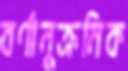
বর্ণানুক্রমিক